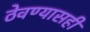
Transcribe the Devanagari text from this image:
ठेवण्यासही